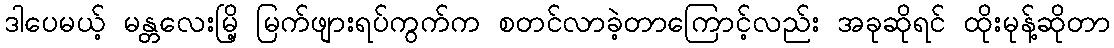
ဒါပေမယ့် မန္တလေးမြိ့ မြက်ဖျားရပ်ကွက်က စတင်လာခဲ့တာကြောင့်လည်း အခုဆိုရင် ထိုးမုန့်ဆိုတာ